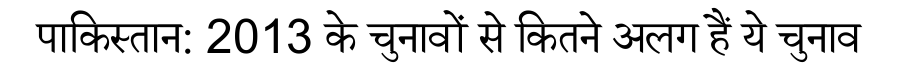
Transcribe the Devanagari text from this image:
पाकिस्तान: 2013 के चुनावों से कितने अलग हैं ये चुनाव